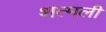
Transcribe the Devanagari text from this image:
शत्मली